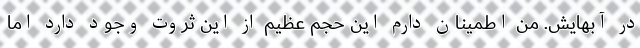
در آبهایش. من اطمینان دارم این حجم عظیم از این ثروت وجود دارد اما